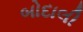
બોદાલી